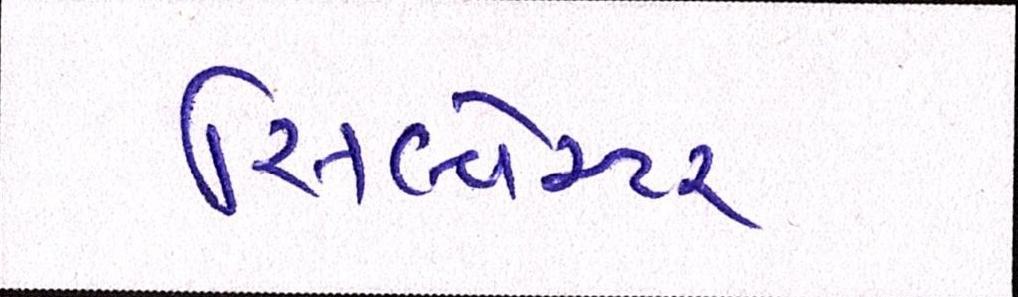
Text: સિલ્વેસ્ટર